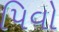
પિવો